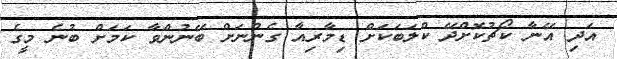
އަދި އޭނާ ކޯޗުކޮށްދޭ ކްލަބަކަށް ޑިމާރިއާ ގެންނަށް ބޭނުންވާ ކަމަށް ބުނެ މީގެ